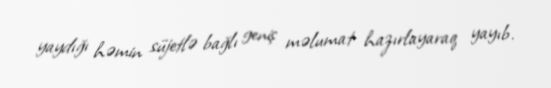
yaydığı həmin süjetlə bağlı geniş məlumat hazırlayaraq yayıb.